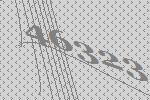
46323